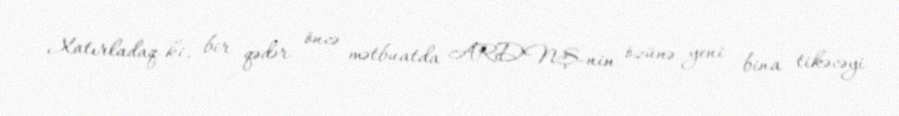
Xatırladaq ki, bir qədər öncə mətbuatda ARDNŞ-nin özünə yeni bina tikəcəyi